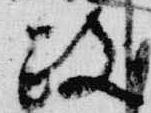
政